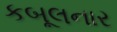
કબૂલનાર